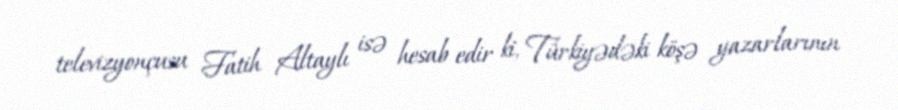
televizyonçusu Fatih Altaylı isə hesab edir ki, Türkiyədəki köşə yazarlarının